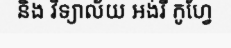
និង វិទ្យាល័យ អង់រី កូហ្វែ